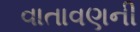
વાતાવણની